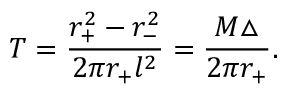
T = \frac { r _ { + } ^ { 2 } - r _ { - } ^ { 2 } } { 2 \pi r _ { + } l ^ { 2 } } = \frac { M \triangle } { 2 \pi r _ { + } } .